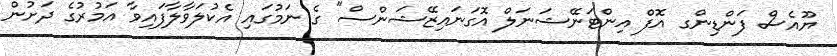
ޔޫއެސް ފަންޑިންގ އޮފް އިންޓަނޭޝަނަލް އޮގަނައިޒޭޝަންސް" ގެ ނަމުގައި އެކުލަވާލާފައިވާ އަމުރުގެ ދަށުން